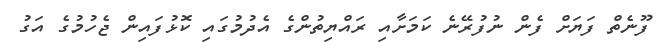
ފޫނެތް ފަޔަށް ފެން ނުފުރޭނެ ކަމަށާއި ރައްޔިތުންގެ އެދުމުގައި ކޮޅުފައިން ޖެހުމުގެ އަގު